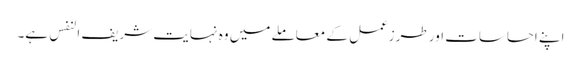
اپنے احساسات اور طرزعمل کے معاملے میں وہ نہایت شریف النفس ہے۔